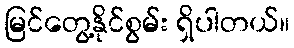
မြင်တွေ့နိုင်စွမ်း ရှိပါတယ်။